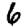
Digit: 6